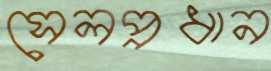
সেলপ্রধান